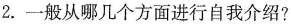
2.一般从哪几个方面进行自我介绍?